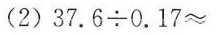
(2)37.6 ÷ 0.17=